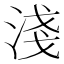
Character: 淺